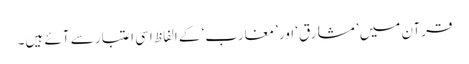
قرآن میں ’مشارق‘ اور ’مغارب‘ کے الفاظ اسی اعتبار سے آئے ہیں۔